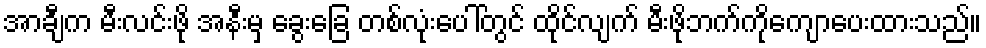
အာချီက မီးလင်းဖို အနီးမှ ခွေးခြေ တစ်လုံးပေါ်တွင် ထိုင်လျက် မီးဖိုဘက်ကိုကျောပေးထားသည်။